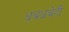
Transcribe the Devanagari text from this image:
धबधबेही